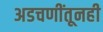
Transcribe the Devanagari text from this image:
अडचणींतूनही